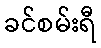
ခင်စမ်းရီ